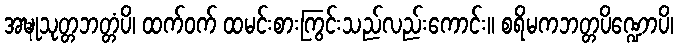
အဍ္ဎုသုတ္တဘတ္တံပိ၊ ထက်ဝက် ထမင်းစားကြွင်းသည်လည်းကောင်း။ စရိမကဘတ္တပိဏ္ဍောပိ၊